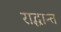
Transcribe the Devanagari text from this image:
राद्धान्त